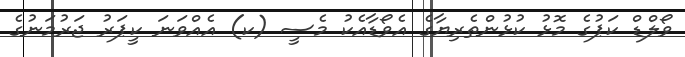
ވޯލްޑް ކަޕުގެ މޮޅު ކުޅުންތެރިޔާގެ އެވޯޑާއެކު މެސީ (ކ) އެއްވަނަ ކީޕަރު ޖަރުމަނުގެ